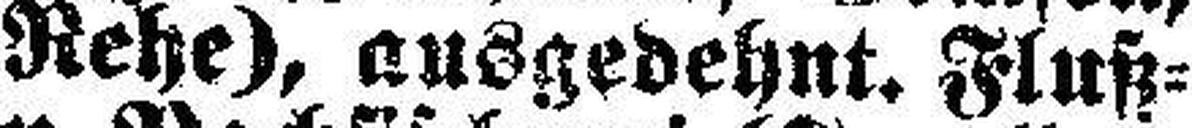
Rehe), ausgedehnt. Fluß=